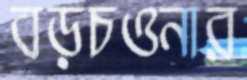
বড়চওনার